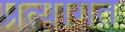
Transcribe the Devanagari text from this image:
प्रत्यागत